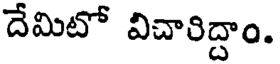
దేమిటో విచారిద్దాం.